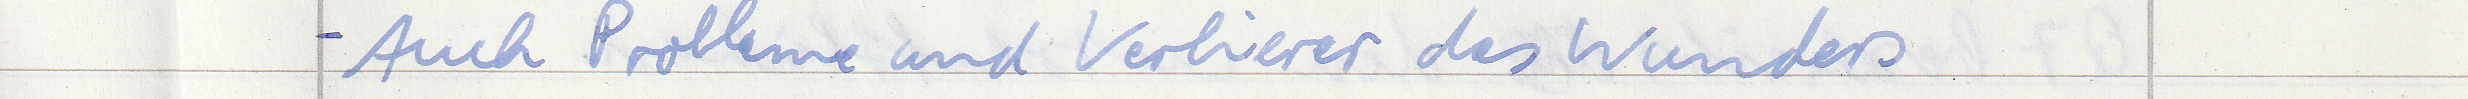
- Auch Probleme und Verlierer des Wunders